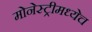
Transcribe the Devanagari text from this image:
मोनेस्ट्रीमध्येच